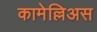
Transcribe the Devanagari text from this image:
कामेल्लिअस